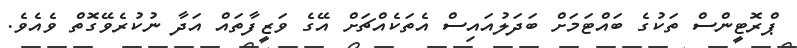
ޕްރޮޓީންސް ތަކުގެ ބައްޓަމަށް ބަދަލުއައިސް އެތަކެއްޗަށް އޭގެ ވަޒީފާތައް އަދާ ނުކުރެވޭގޮތް ވެއެވެ.